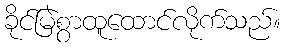
ခိုင်မြဲစွာထူထောင်လိုက်သည်။